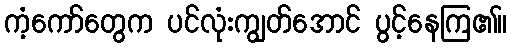
ကံ့ကော်တွေက ပင်လုံးကျွတ်အောင် ပွင့်နေကြ၏။